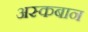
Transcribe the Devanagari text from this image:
अस्कबान